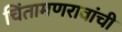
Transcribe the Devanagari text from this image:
चिंतामणरावांची